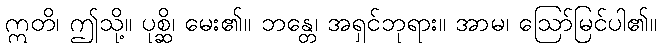
ဣတိ၊ ဤသို့။ ပုစ္ဆိ၊ မေး၏။ ဘန္တေ၊ အရှင်ဘုရား။ အာမ၊ ဩော်မြင်ပါ၏။